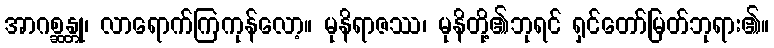
အာဂစ္ဆန္တု၊ လာရောက်ကြကုန်လော့။ မုနိရာဇဿ၊ မုနိတို့၏ဘုရင် ရှင်တော်မြတ်ဘုရား၏။